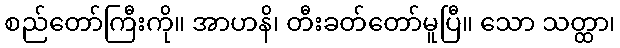
စည်တော်ကြီးကို။ အာဟနိ၊ တီးခတ်တော်မူပြီ။ သော သတ္ထာ၊